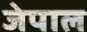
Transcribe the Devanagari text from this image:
जेपाल